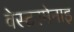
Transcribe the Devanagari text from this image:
वेस्टरमेनाइ